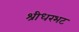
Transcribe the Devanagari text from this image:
श्रीधरभट